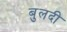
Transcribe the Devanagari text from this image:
बुलदी